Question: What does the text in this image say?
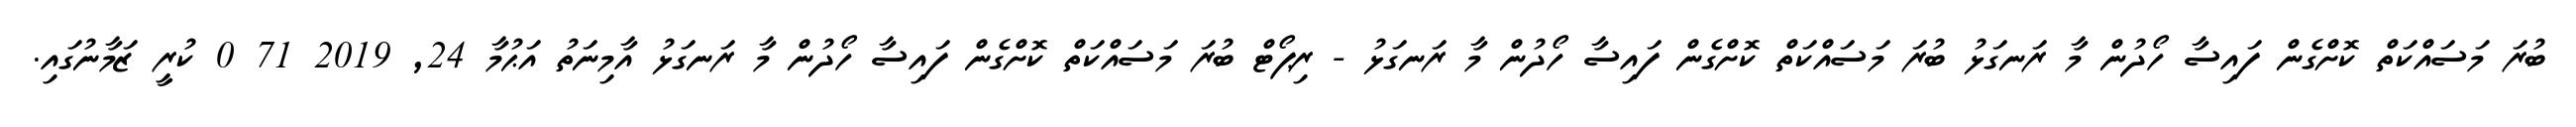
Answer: ބުރަ މަސައްކަތް ކޮށްގެން ފައިސާ ހޯދުން މާ ރަނގަޅު ބުރަ މަސައްކަތް ކޮށްގެން ފައިސާ ހޯދުން މާ ރަނގަޅު - ރިޕޯޓް ބުރަ މަސައްކަތް ކޮށްގެން ފައިސާ ހޯދުން މާ ރަނގަޅު އާމިނަތު އަޙުމާ 24, 2019 71 0 ކުރީ ޒަމާނުގައި.